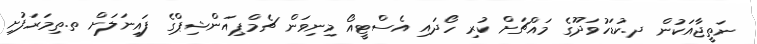
ނަތީޖާއަކުން ދ.ކުޑަހުވަދޫގެ މައްޗަށް ކުރި ހޯދައި އެސްޓީއޯ މިނިވަން ޗެމްޕިއަންޝިޕްގެ ފައިނަލަށް ތ.ތިމަރަފުށި